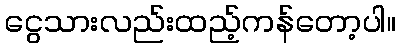
ငွေသားလည်းထည့်ကန်တော့ပါ။